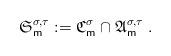
LaTeX: \begin{align*}\mathfrak{S}_{\mathsf{m}}^{\sigma,\tau}:=\mathfrak{C}^{\sigma}_{\mathsf{m}}\cap\mathfrak{A}^{\sigma,\tau}_{\mathsf{m}}\;.\end{align*}